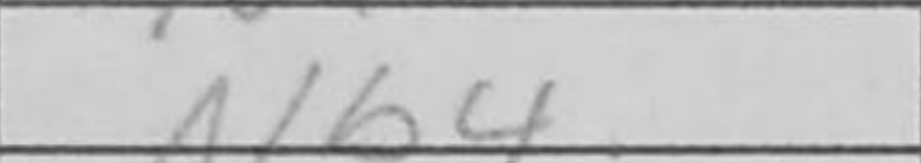
Transcription: Nb4